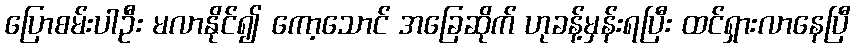
ပြောစမ်းပါဦး မလာနိုင်၍ ကော့သောင် အခြေဆိုက် ဟုခန့်မှန်းရပြီး ထင်ရှားလာနေပြီ